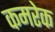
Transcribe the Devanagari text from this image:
कमरेक